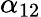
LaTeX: \alpha_{12}